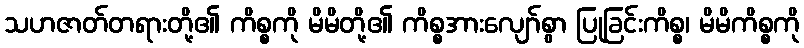
သဟဇာတ်တရားတို့၏ ကိစ္စကို မိမိတို့၏ ကိစ္စအားလျော်စွာ ပြုခြင်းကိစ္စ၊ မိမိကိစ္စကို